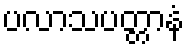
ပလာသပတ္တာနံ